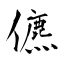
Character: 儦